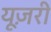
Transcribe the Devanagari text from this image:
यूज़री